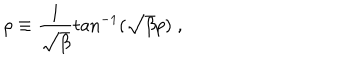
LaTeX: \rho \equiv \frac { 1 } { \sqrt { \beta } } \tan ^ { - 1 } ( \sqrt { \beta } p ) \; ,